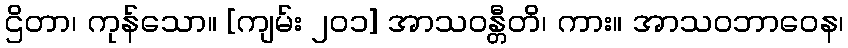
ဌိတာ၊ ကုန်သော။ [ကျမ်း ၂၀၁] အာသဝန္တီတိ၊ ကား။ အာသဝဘာဝေန၊